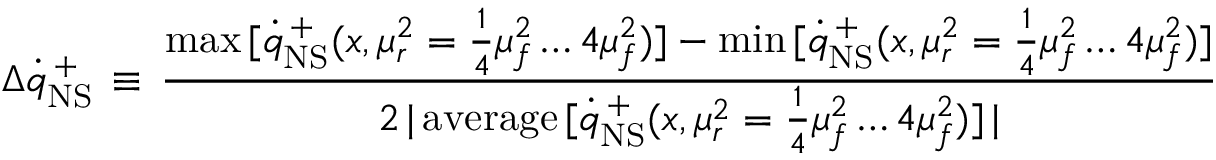
\Delta \dot { q } _ { \mathrm { N S } } ^ { \, + } \, \equiv \, \frac { \operatorname * { m a x } \, [ \dot { q } _ { \mathrm { N S } } ^ { \, + } ( x , \mu _ { r } ^ { 2 } = \frac { 1 } { 4 } \mu _ { f } ^ { 2 } \ldots 4 \mu _ { f } ^ { 2 } ) ] - \operatorname * { m i n } \, [ \dot { q } _ { \mathrm { N S } } ^ { \, + } ( x , \mu _ { r } ^ { 2 } = \frac { 1 } { 4 } \mu _ { f } ^ { 2 } \ldots 4 \mu _ { f } ^ { 2 } ) ] } { 2 \, | \, \mathrm { a v e r a g e } \, [ \dot { q } _ { \mathrm { N S } } ^ { \, + } ( x , \mu _ { r } ^ { 2 } = \frac { 1 } { 4 } \mu _ { f } ^ { 2 } \ldots 4 \mu _ { f } ^ { 2 } ) ] \, | }